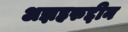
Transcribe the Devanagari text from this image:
अझहरुद्दीन